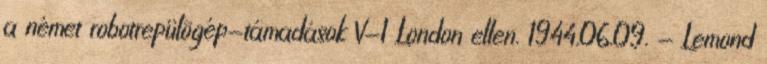
a német robotrepülõgép-támadások V-1 London ellen. 1944.06.09. - Lemond